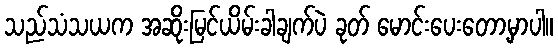
သည်သံသယက အဆိုးမြင်ယိမ်းခါချက်ပဲ ခုတ် မောင်းပေးတော့မှာပါ။